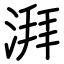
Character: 湃